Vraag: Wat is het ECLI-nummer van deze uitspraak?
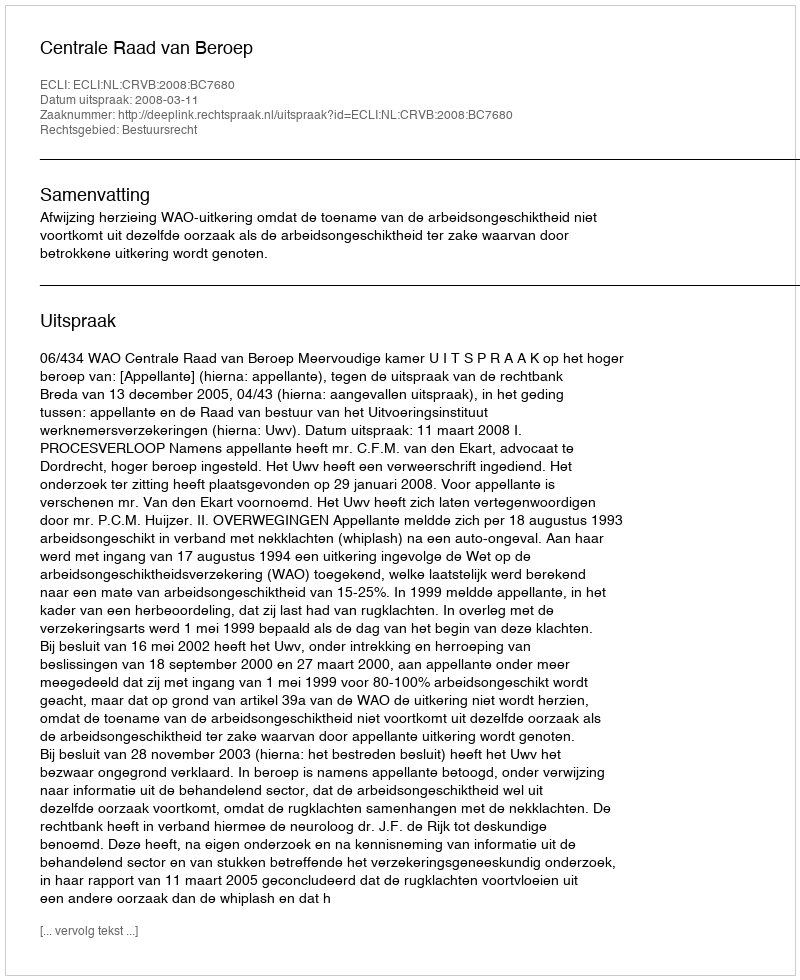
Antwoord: ECLI:NL:CRVB:2008:BC7680